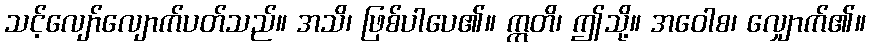
သင့်လျော်လျောက်ပတ်သည်။ အသိ၊ ဖြစ်ပါပေ၏။ ဣတိ၊ ဤသို့။ အဝေါစ၊ လျှောက်၏။